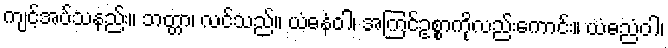
ကျင့်အပ်သနည်း။ ဘတ္တာ၊ လင်သည်။ ယံဓနံဝါ၊ အကြင်ဥစ္စာကိုလည်းကောင်း။ ယံဓညံဝါ၊